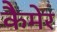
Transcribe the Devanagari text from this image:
कैमेर